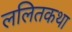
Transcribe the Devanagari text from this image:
ललितकथा